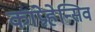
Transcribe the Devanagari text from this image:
कांप्रेहेन्सिव